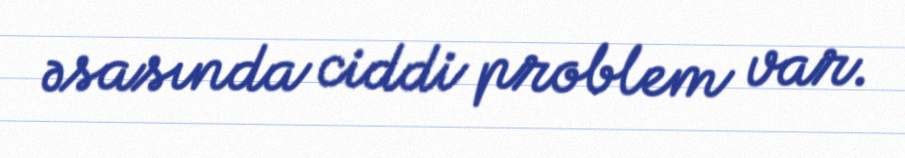
əsasında ciddi problem var.